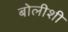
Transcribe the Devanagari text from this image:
बोलीशी